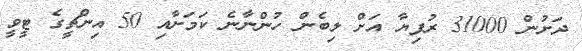
ދަށުން 31000 ރުފިޔާ އަށް ލިބެން ހުންނާނެ ކަމަށާއި 50 އިންޗީގެ ޓީވީ